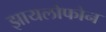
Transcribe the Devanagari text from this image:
झायलोफोन